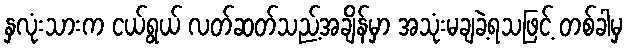
နှလုံးသားက ငယ်ရွယ် လတ်ဆတ်သည့်အချိန်မှာ အသုံးမချခဲ့ရသဖြင့် တစ်ခါမှ